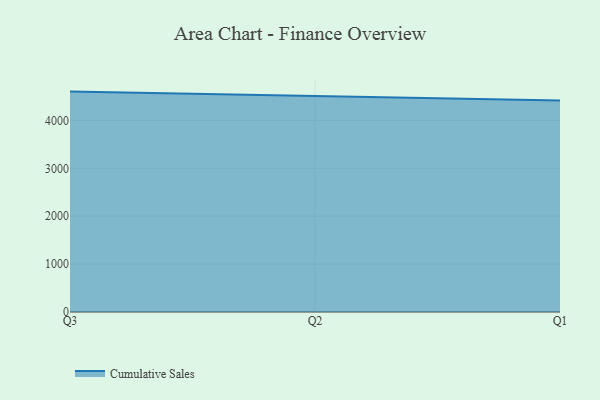
{"axis": {"x": "Quarter", "y": "Latency (ms)"}, "legend": ["Cumulative Sales"], "data": [{"x": "Q3", "y": 4602.6, "type": "Cumulative Sales"}, {"x": "Q2", "y": 4505.5, "type": "Cumulative Sales"}, {"x": "Q1", "y": 4418.4, "type": "Cumulative Sales"}]}